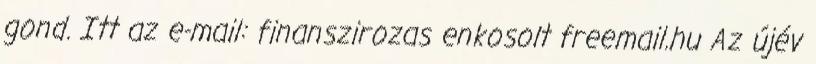
gond. Itt az e-mail: finanszirozas enkosolt freemail.hu Az újév